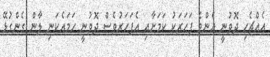
އެއްޗެހި ދޮވުނީ އެންމެ ފަހަރަކު ކަމަށާއި އެފަހަރުވެސް ދޮވުނީ ހަމައެކަނި ލާން ގެންގުޅޭ